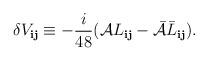
LaTeX: \begin{align*}\delta V_{{\mathbf i}{\mathbf j}} \equiv -\frac{i}{48}({\cal A}L_{{\mathbf i}{\mathbf j}}-{\bar {\cal A}} \bar L_{{\mathbf i}{\mathbf j}}).\end{align*}